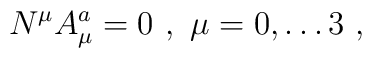
N^{\mu}A_{\mu}^a=0\,\,,\,\,\mu=0,\dots 3\,\,,